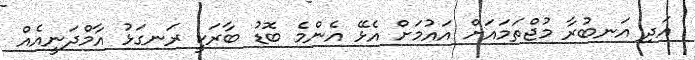
އަދި އަނބުރާ މުޖްތަމައަށް އައުމަށް އެޅޭ އެންމެ ބޮޑު ބާރަކީ ރަނގަޅު އާމްދަނީއެއް